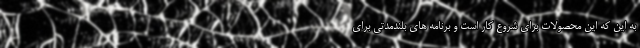
به این که این محصولات برای شروع کار است و برنامه های بلندمدتی برای